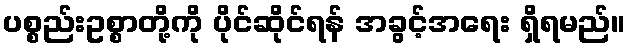
ပစ္စည်းဥစ္စာတို့ကို ပိုင်ဆိုင်ရန် အခွင့်အရေး ရှိရမည်။